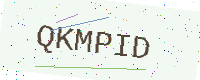
Text: QKMPID